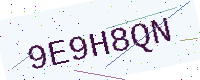
Text: 9E9H8QN